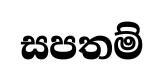
සපතම්